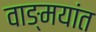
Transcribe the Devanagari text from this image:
वाङ्मयांत